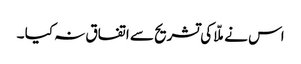
اس نے ملّا کی تشریح سے اتفاق نہ کیا ۔